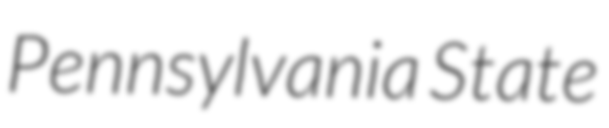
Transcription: Pennsylvania State